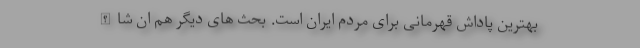
بهترین پاداش قهرمانی برای مردم ایران است. بحث های دیگر هم ان شاالله